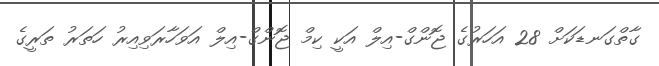
ގާތްގަނޑަކަށް 28 އަހަރުގެ ޖޮންގް-އިލް އަކީ ކިމް ޖޮންގް-އިލް އަވަހާރަވިއިރު ހަތަރު ތަރީގެ